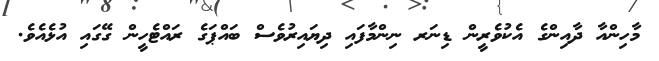
މާހިންއާ ދާއިންގެ އެކުވެރީން ޑިނަރ ނިންމާފައި ދިޔައިރުވެސް ބައްޕަގެ ރައްޓެހީން ގޭގައި އުޅެއެވެ.